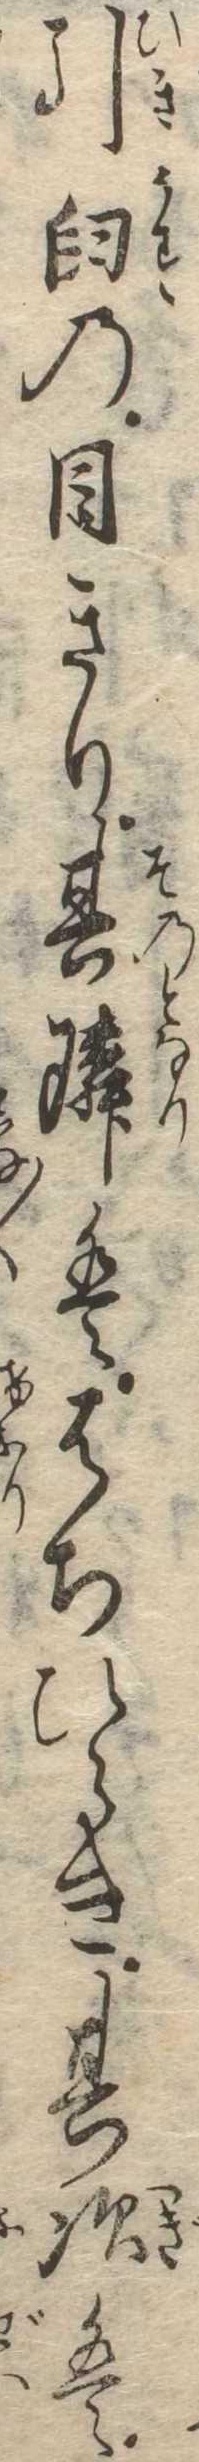
引臼の目きり其隣ははちひらき其次は